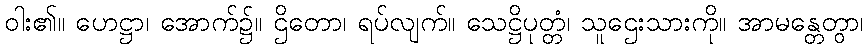
ဝါး၏။ ဟေဋ္ဌာ၊ အောက်၌။ ဌိတော၊ ရပ်လျက်။ သေဋ္ဌိပုတ္တံ၊ သူဌေးသားကို။ အာမန္တေတွာ၊